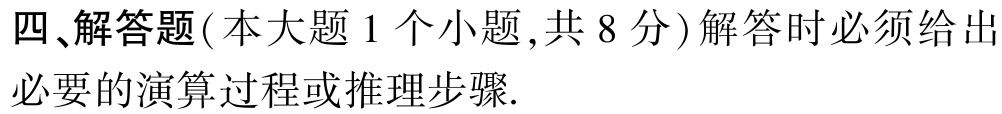
四、解答题（本大题 1 个小题，共 8 分）解答时必须给出必要的演算过程或推理步骤.